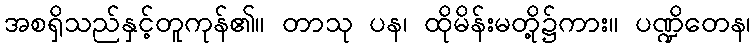
အစရှိသည်နှင့်တူကုန်၏။ တာသု ပန၊ ထိုမိန်းမတို့၌ကား။ ပဏ္ဍိတေန၊